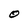
Character: O